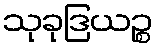
သုခုဒြယဉ္စ